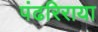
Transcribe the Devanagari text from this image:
पंढरिराया